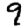
Digit: 9